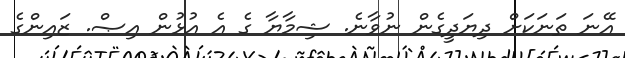
އޭނަ ތަނަކަށް ދިޔަދީގެން ނުވާނެ. ޝިމާޔާ ގެ އެ އުޅުން އިޞް. ޒައިންގެ